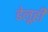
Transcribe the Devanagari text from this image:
डेलूही